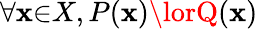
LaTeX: \forall{\mathbf{x}}{\in}X,P(\mathbf{x})\lorQ(\mathbf{x})